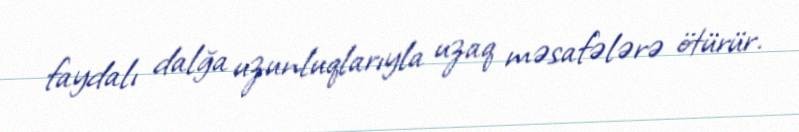
faydalı dalğa uzunluqlarıyla uzaq məsafələrə ötürür.